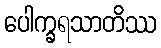
ပေါက္ခရသာတိဿ